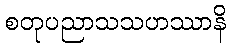
စတုပညာသသဟဿာနိ